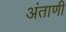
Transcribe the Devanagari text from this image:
अंताणी